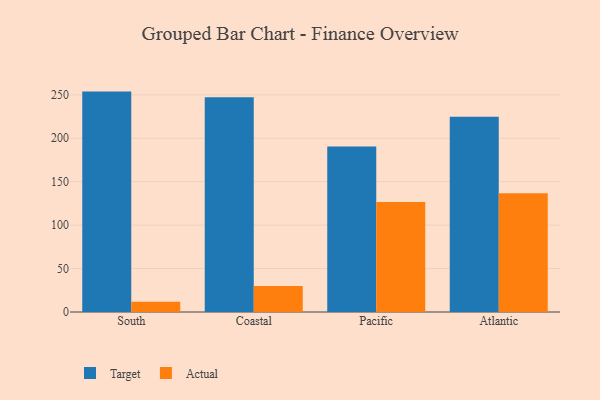
{"axis": {"x": "Region", "y": "Budget (USD K)"}, "legend": ["Actual", "Target"], "data": [{"x": "South", "y": 253.7, "type": "Target"}, {"x": "South", "y": 11.8, "type": "Actual"}, {"x": "Coastal", "y": 247.1, "type": "Target"}, {"x": "Coastal", "y": 29.9, "type": "Actual"}, {"x": "Pacific", "y": 190.6, "type": "Target"}, {"x": "Pacific", "y": 126.6, "type": "Actual"}, {"x": "Atlantic", "y": 224.8, "type": "Target"}, {"x": "Atlantic", "y": 136.6, "type": "Actual"}]}